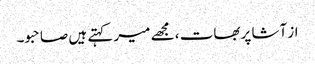
از آشا پربھات ، مجھے میر کہتے ہیں صاحبو۔